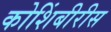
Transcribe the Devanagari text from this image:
कोशिंबीरीस